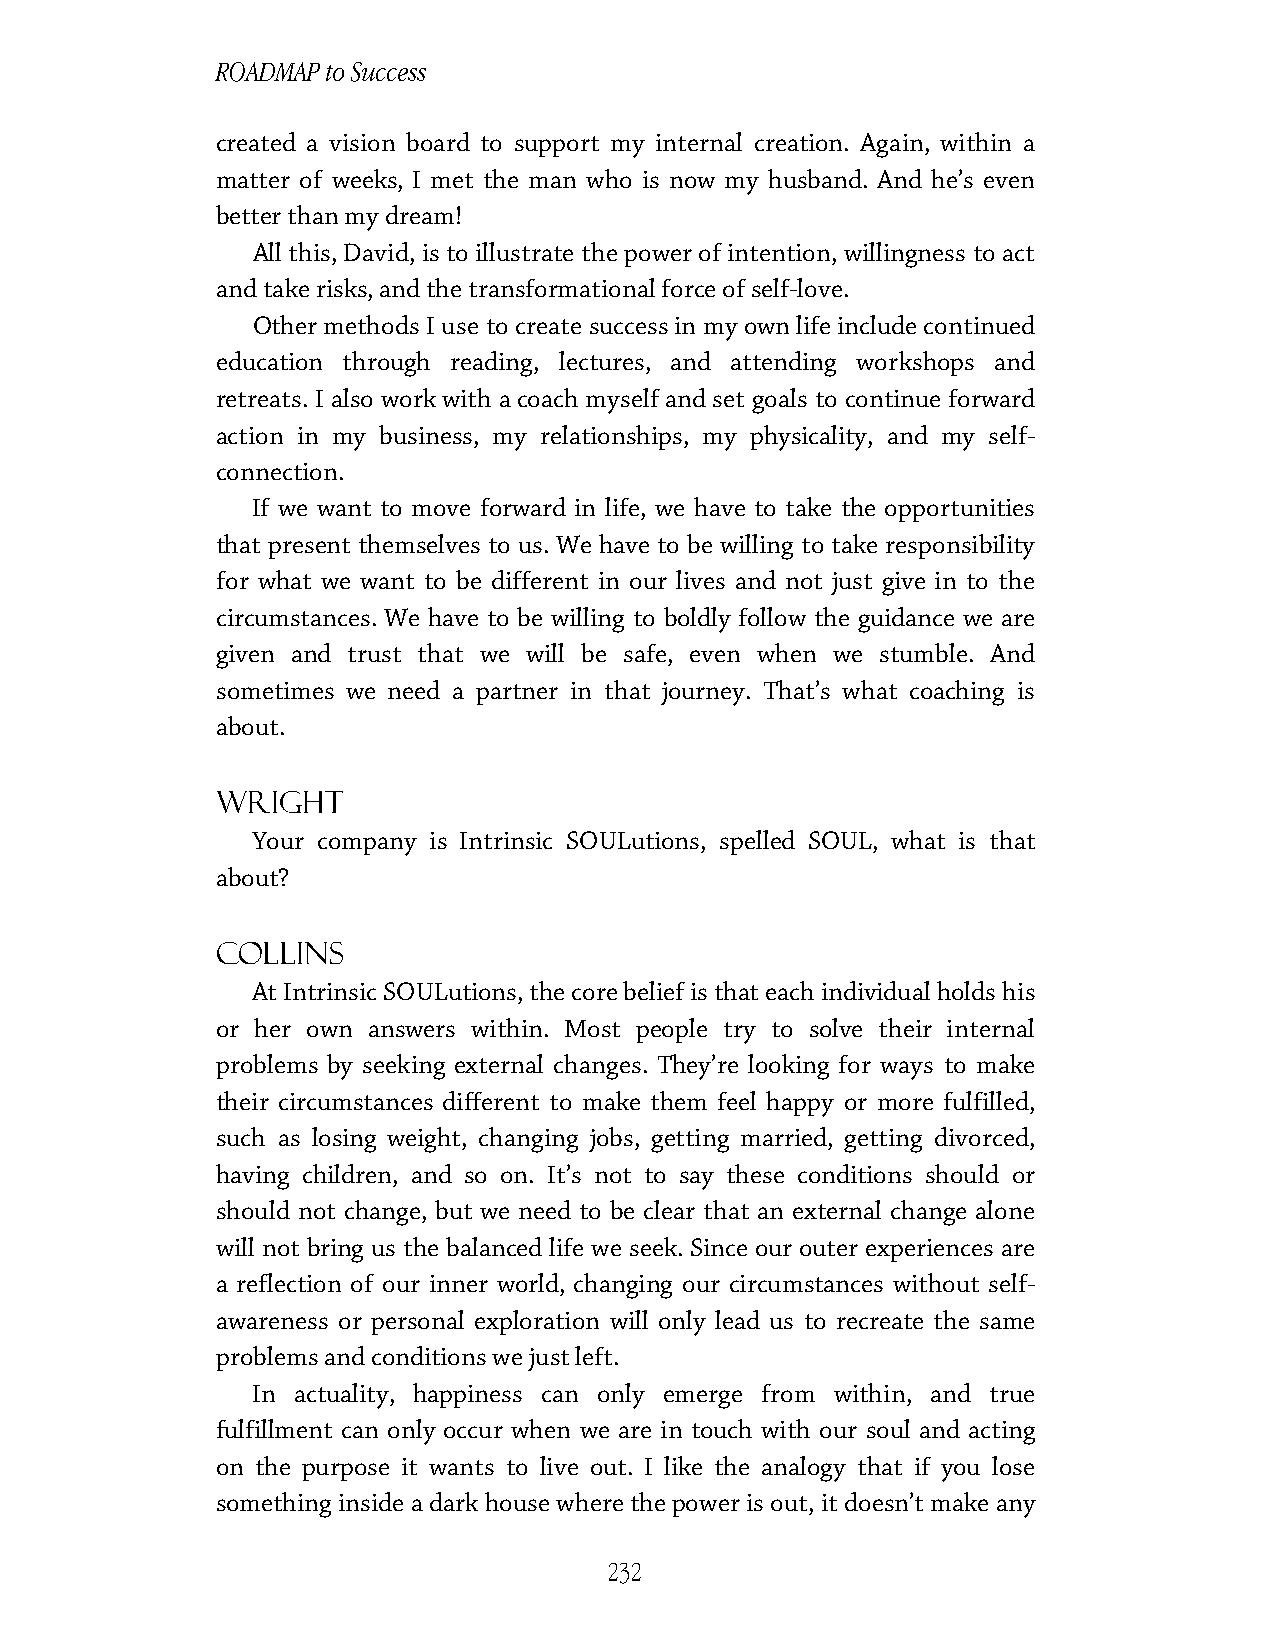
ROADMAP to Success
 created a vision board to support my internal creation. Again, within a
 matter of weeks, I met the man who is now my husband. And he’s even
 better than my dream!
 All this, David, is to illustrate the power of intention, willingness to act
 and take risks, and the transformational force of self-love.
 Other methods I use to create success in my own life include continued
 education through reading, lectures, and attending workshops and
 retreats. I also work with a coach myself and set goals to continue forward
 action in my business, my relationships, my physicality, and my self-
 connection.
 If we want to move forward in life, we have to take the opportunities
 that present themselves to us. We have to be willing to take responsibility
 for what we want to be different in our lives and not just give in to the
 circumstances. We have to be willing to boldly follow the guidance we are
 given and trust that we will be safe, even when we stumble. And
 sometimes we need a partner in that journey. That’s what coaching is
 about.
 Wright
 Your company is Intrinsic SOULutions, spelled SOUL, what is that
 about?
 Collins
 At Intrinsic SOULutions, the core belief is that each individual holds his
 or her own answers within. Most people try to solve their internal
 problems by seeking external changes. They’re looking for ways to make
 their circumstances different to make them feel happy or more fulfilled,
 such as losing weight, changing jobs, getting married, getting divorced,
 having children, and so on. It’s not to say these conditions should or
 should not change, but we need to be clear that an external change alone
 will not bring us the balanced life we seek. Since our outer experiences are
 a reflection of our inner world, changing our circumstances without self-
 awareness or personal exploration will only lead us to recreate the same
 problems and conditions we just left.
 In actuality, happiness can only emerge from within, and true
 fulfillment can only occur when we are in touch with our soul and acting
 on the purpose it wants to live out. I like the analogy that if you lose
 something inside a dark house where the power is out, it doesn’t make any
 232